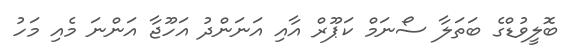
ބޮލީވުޑްގެ ބަތަލާ ސޯނަމް ކަޕޫރް އާއި އަނަންދު އަހޫޖާ އަންނަ މެއި މަހު